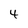
Character: 4